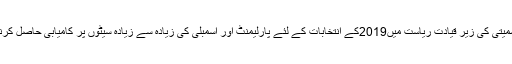
تلنگانہ ٹوڈے کے مطابق تلنگانہ راشٹرایہ سمیتی کی زیر قیادت ریاست میں2019کے انتخابات کے لئے پارلیمنٹ اور اسمبلی کی زیادہ سے زیادہ سیٹوں پر کامیابی حاصل کرنے کا بی جے پی منصوبہ تیار کررہی ہے۔